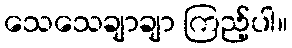
သေသေချာချာ ကြည့်ပါ။